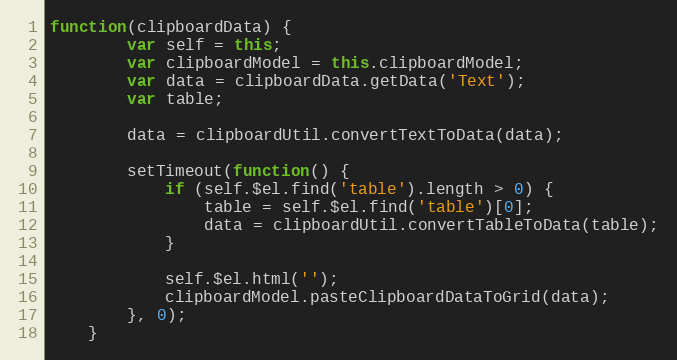
Language: JavaScript
function(clipboardData) {
        var self = this;
        var clipboardModel = this.clipboardModel;
        var data = clipboardData.getData('Text');
        var table;

        data = clipboardUtil.convertTextToData(data);

        setTimeout(function() {
            if (self.$el.find('table').length > 0) {
                table = self.$el.find('table')[0];
                data = clipboardUtil.convertTableToData(table);
            }

            self.$el.html('');
            clipboardModel.pasteClipboardDataToGrid(data);
        }, 0);
    }